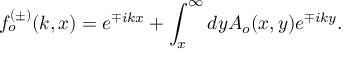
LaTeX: f _ { o } ^ { ( \pm ) } ( k , x ) = e ^ { \mp i k x } + \int _ { x } ^ { \infty } d y A _ { o } ( x , y ) e ^ { \mp i k y } .